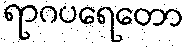
ရာဂပရေတော